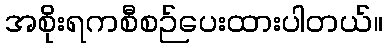
အစိုးရကစီစဉ်ပေးထားပါတယ်။